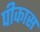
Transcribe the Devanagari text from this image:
पीकास